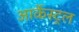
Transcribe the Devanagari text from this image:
आर्केस्ट्रल